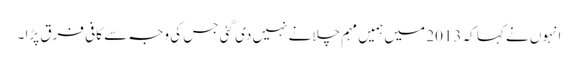
انہوں نے کہا کہ 2013 میں ہمیں مہم چلانے نہیں دی گئی جس کی وجہ سے کافی فرق پڑا ۔